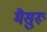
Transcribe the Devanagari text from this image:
मैसुरू